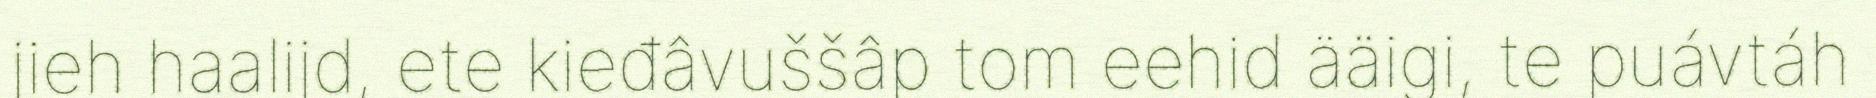
jieh haalijd, ete kieđâvuššâp tom eehid ääigi, te puávtáh